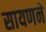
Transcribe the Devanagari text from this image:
सायणने